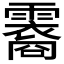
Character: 𬰏